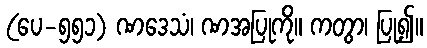
(ပေ-၅၅၁) ဏဒေသံ၊ ဏအပြုကို။ ကတွာ၊ ပြု၍။